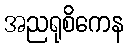
အညရုစိကေန